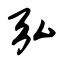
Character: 弘